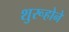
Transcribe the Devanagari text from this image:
शुरूहोने